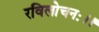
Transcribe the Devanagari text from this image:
रविलोचनः।।